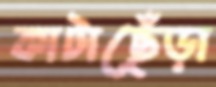
কাটাছেঁড়া